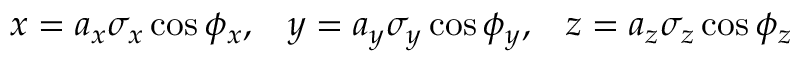
x = a _ { x } \sigma _ { x } \cos \phi _ { x } , \; \; \; y = a _ { y } \sigma _ { y } \cos \phi _ { y } , \; \; \; z = a _ { z } \sigma _ { z } \cos \phi _ { z }